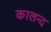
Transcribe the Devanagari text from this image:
कालन्द